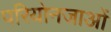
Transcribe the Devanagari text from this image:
परियोनजाओं